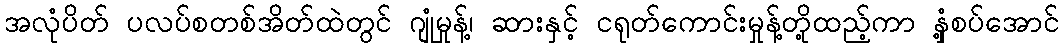
အလုံပိတ် ပလပ်စတစ်အိတ်ထဲတွင် ဂျုံမှုန့်၊ ဆားနှင့် ငရုတ်ကောင်းမှုန့်တို့ထည့်ကာ နှံ့စပ်အောင်